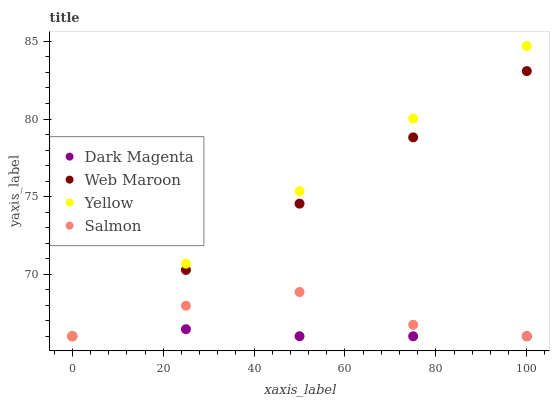
| xaxis_label | Dark Magenta | Web Maroon | Yellow | Salmon |
 | --- | --- | --- | --- | --- |
 | 0 | 66 | 66 | 66 | 66 |
 | 25 | 66.5 | 70.3 | 70.7 | 68 |
 | 50 | 66 | 74.5 | 75.4 | 68.9 |
 | 75 | 66 | 78.8 | 80 | 66.7 |
 | 100 | 66 | 83.1 | 84.7 | 66 |